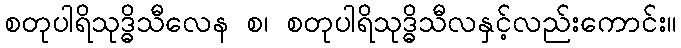
စတုပါရိသုဒ္ဓိသီလေန စ၊ စတုပါရိသုဒ္ဓိသီလနှင့်လည်းကောင်း။